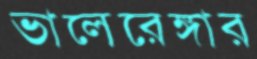
ভালেরেঙ্গার